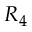
R _ { 4 }